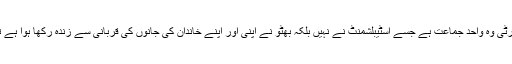
بھٹو کی برسی پر اس کی جماعت پیپلز پارٹی کو اس بات پر غور ضرور کرنا چاہیے کہ پیپلز پارٹی وہ واحد جماعت ہے جسے اسٹیبلشمنٹ نے نہیں بلکہ بھٹو نے اپنی اور اپنے خاندان کی جانوں کی قربانی سے زندہ رکھا ہوا ہے تو پھر اس جماعت کو عوام کی خدمت کرنے کے بجائے عوام کو لوٹنے پر کس نے مائل کر دیا؟